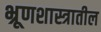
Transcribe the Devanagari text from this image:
भ्रूणशास्त्रातील